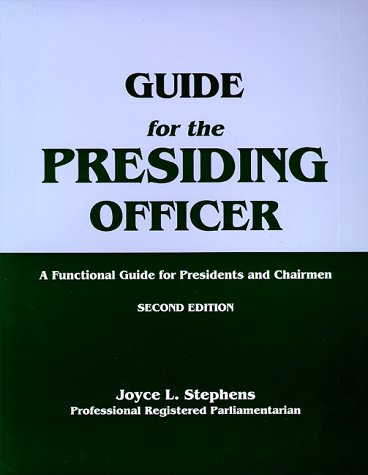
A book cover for Guide for the Presiding Officer: A Functional Guide for Presidents and Chairmen; Joyce L. Stephens; Reference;